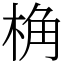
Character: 桷